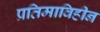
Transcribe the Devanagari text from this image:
प्रतिमाविहीन